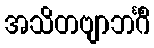
အသိတဗျာဘင်္ဂိံ